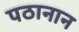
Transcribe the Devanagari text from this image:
पठानान